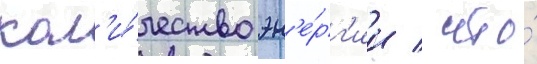
кол'и́чество эн'е́рг'ии / что́